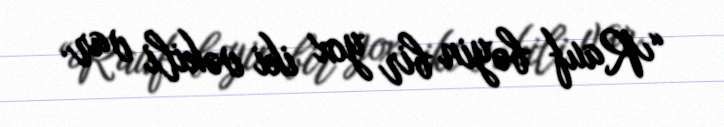
“Rauf bəyin bir yox iki vəkili var.